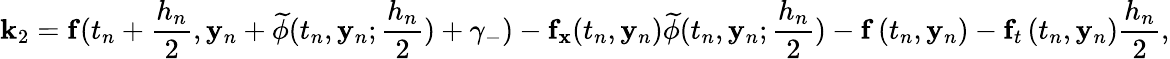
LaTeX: \mathbf{k}_{2}=\mathbf{f}(t_{n}+{\frac{h_{n}}{2}},\mathbf{y}_{n}+{\widetilde{\mathbf{\phi}}}(t_{n},\mathbf{y}_{n};{\frac{h_{n}}{2}})+\gamma_{-})-\mathbf{f}_{\mathbf{x}}(t_{n},\mathbf{y}_{n}){\widetilde{\mathbf{\phi}}}(t_{n},\mathbf{y}_{n};{\frac{h_{n}}{2}})-\mathbf{f}\left(t_{n},\mathbf{y}_{n}\right)-\mathbf{f}_{t}\left(t_{n},\mathbf{y}_{n}\right){\frac{h_{n}}{2}},